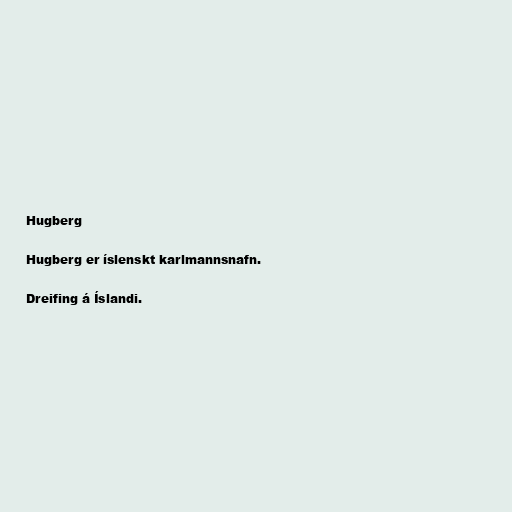
Hugberg

Hugberg er íslenskt karlmannsnafn.

Dreifing á Íslandi.